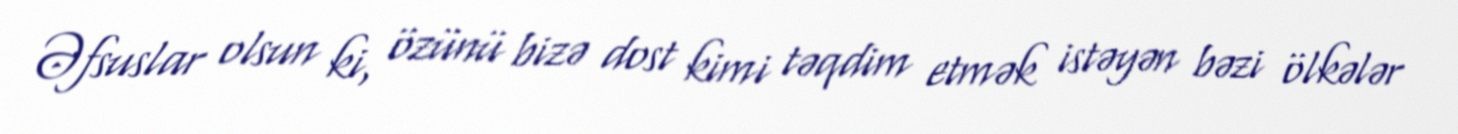
Əfsuslar olsun ki, özünü bizə dost kimi təqdim etmək istəyən bəzi ölkələr